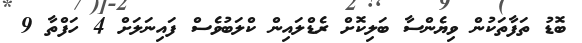
ބޮޑު ތަފާތަކުން ވިޔެންސާ ބަލިކޮށް ރެޑްލައިން ކްލަބުވެސް ފައިނަލަށް 4 ހަފްތާ 9